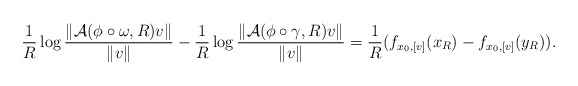
\begin{align*} {1\over R} \log {\| \mathcal{A}(\phi\circ\omega,R)v \|\over \| v\|} - {1\over R} \log {\| \mathcal{A}(\phi\circ\gamma,R)v \|\over \| v\|}= {1\over R} (f_{x_0,[v]}(x_R)-f_{x_0,[v]}(y_R) ) . \end{align*}